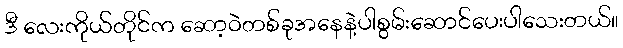
ဒီ လေးကိုယ်တိုင်က ဆော့ဝဲတစ်ခုအနေနဲ့ပါစွမ်းဆောင်ပေးပါသေးတယ်။